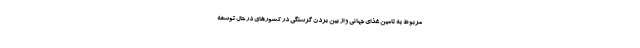
مربوط به تامین غذای جهانی و از بین بردن گرسنگی در کشورهای در حال توسعه